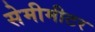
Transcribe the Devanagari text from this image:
सेमीमीटर